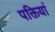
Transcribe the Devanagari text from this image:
पक्तियां